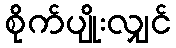
စိုက်ပျိုးလျှင်